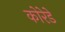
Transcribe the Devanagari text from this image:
कोरेडे